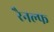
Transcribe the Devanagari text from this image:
रैनल्फ